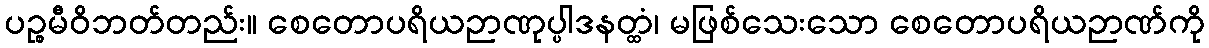
ပဉ္စမီဝိဘတ်တည်း။ စေတောပရိယဉာဏုပ္ပါဒနတ္ထံ၊ မဖြစ်သေးသော စေတောပရိယဉာဏ်ကို